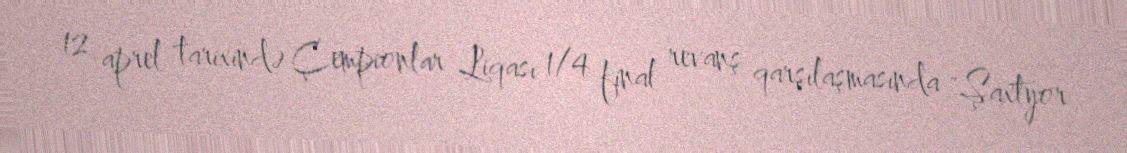
12 aprel tarixində Çempionlar Liqası 1/4 final revanş qarşılaşmasında "Şaxtyor